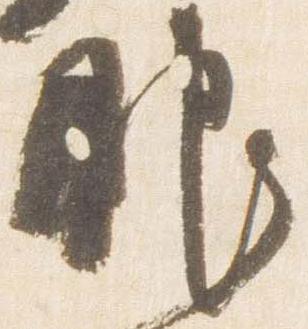
眼